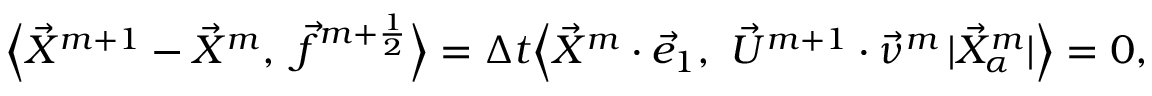
\Big \langle \vec { X } ^ { m + 1 } - \vec { X } ^ { m } , ~ \vec { f } ^ { m + \frac { 1 } { 2 } } \Big \rangle = \Delta t \Big \langle \vec { X } ^ { m } \cdot \vec { e } _ { 1 } , ~ \vec { U } ^ { m + 1 } \cdot \vec { \nu } ^ { m } \, | \vec { X } _ { \alpha } ^ { m } | \Big \rangle = 0 ,